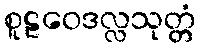
စူဠဝေဒလ္လသုတ္တံ